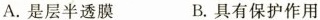
A.是层半透膜 B.具有保护作用